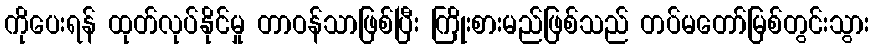
ကိုပေးရန် ထုတ်လုပ်နိုင်မှု တာဝန်သာဖြစ်ပြီး ကြိုးစားမည်ဖြစ်သည် တပ်မတော်မြစ်တွင်းသွား